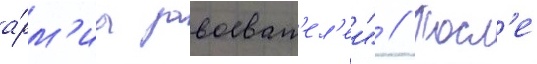
а́рм'иа завоеват'ел'еи" // Посл'е